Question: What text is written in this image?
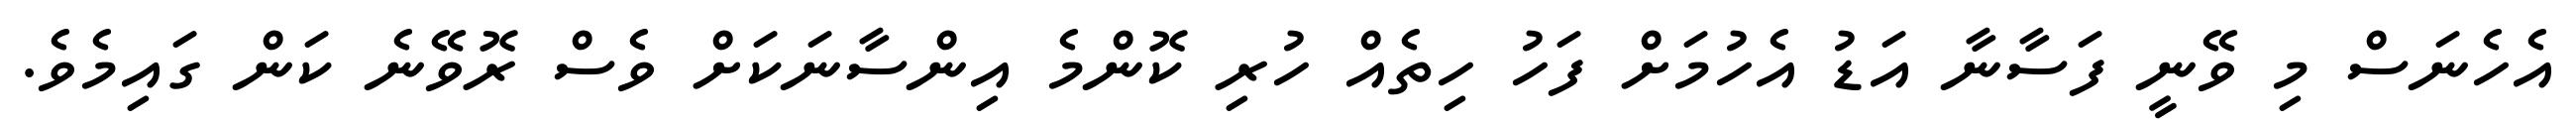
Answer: އެހެނަސް މި ވޭނީ ފަސާނާ އަޑު އެހުމަށް ފަހު ހިތެއް ހުރި ކޮންމެ އިންސާނަކަށް ވެސް ރޮވޭނެ ކަން ގައިމެވެ.